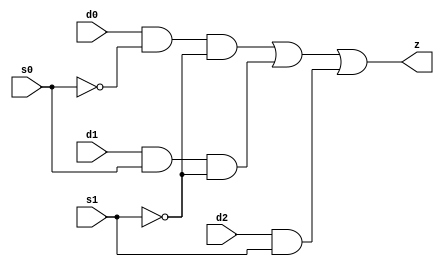
//#############################################################################
//# Function: 3-Input Mux                                                     #
//#                                                                           #
//# Copyright: OH Project Authors. ALl rights Reserved.                       #
//# License:  MIT (see LICENSE file in OH repository)                         # 
//#############################################################################

module oh_mx3 #(parameter DW = 1 ) // array width
   (
    input [DW-1:0]  d0,
    input [DW-1:0]  d1,
    input [DW-1:0]  d2,
    input [DW-1:0]  s0,
    input [DW-1:0]  s1,
    output [DW-1:0] z
    );
   
   assign z = (d0 & ~s0 & ~s1) |
	      (d1 & s0  & ~s1) |
	      (d2 & s1);
   
endmodule